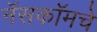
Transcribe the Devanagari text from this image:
नॅसकॉमचे